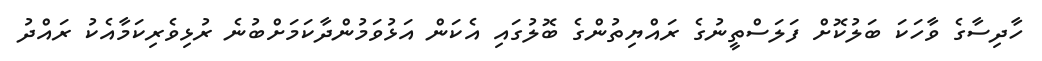
ހާދިސާގެ ވާހަކަ ބަަލުކޮށް ފަލަސްތީނުގެ ރައްޔިތުންގެ ބޮލުގައި އެކަން އަޅުވަމުންދާކަމަށްބުނެ ރުޅިވެރިކަމާއެކު ރައްދު